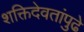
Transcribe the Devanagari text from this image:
शक्तिदेवतांपुढे